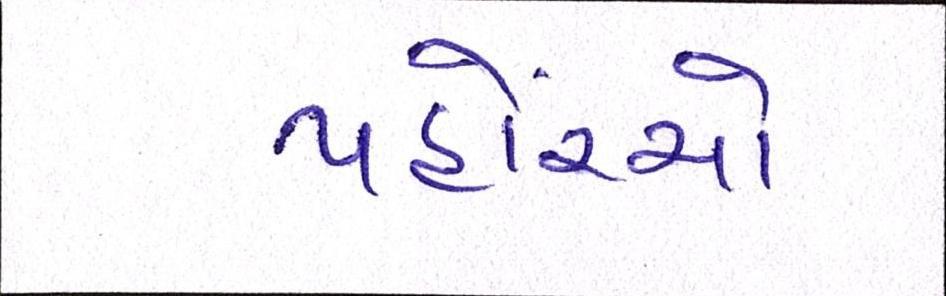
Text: પહોંચ્યો